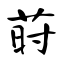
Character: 莳